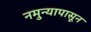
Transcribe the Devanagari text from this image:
नमुन्यापासून